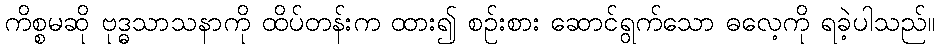
ကိစ္စမဆို ဗုဒ္ဓသာသနာကို ထိပ်တန်းက ထား၍ စဉ်းစား ဆောင်ရွက်သော ဓလေ့ကို ရခဲ့ပါသည်။